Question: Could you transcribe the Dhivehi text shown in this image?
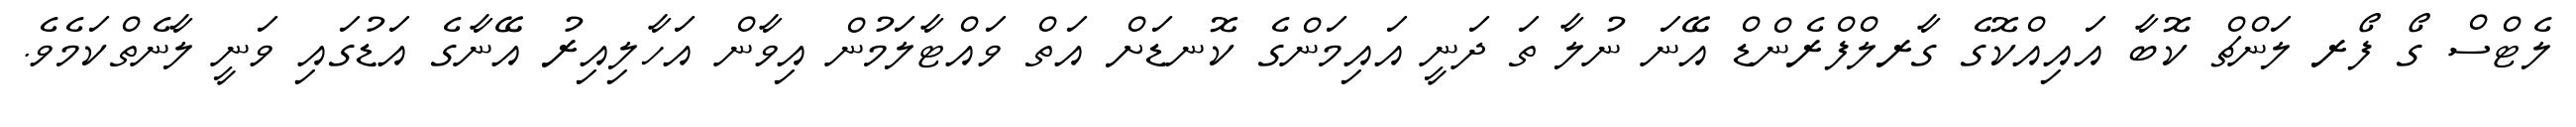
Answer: ލެޓްސް ގޯ ފޯރ ލަންޗް ކޮބާ އައިއްކޮގެ ގާރލްފްރެންޑް އޭނަ ނުލާ ތަ ދަނީ އައިމަންގެ ކޮނޑަށް އަތް ވައްޓާލަމުން އިވާން އަހާލިއިރު އޭނާގެ އަޑުގައި ވަނީ ލާނެތްކަމެވެ.